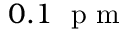
0 . 1 ~ \mathrm { ~ p ~ m ~ }